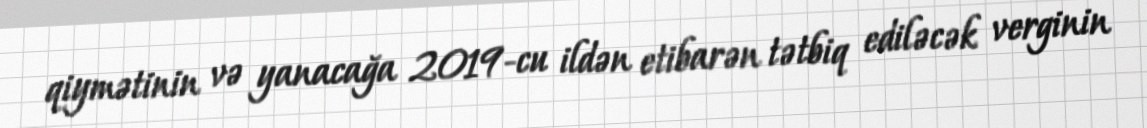
qiymətinin və yanacağa 2019-cu ildən etibarən tətbiq ediləcək verginin